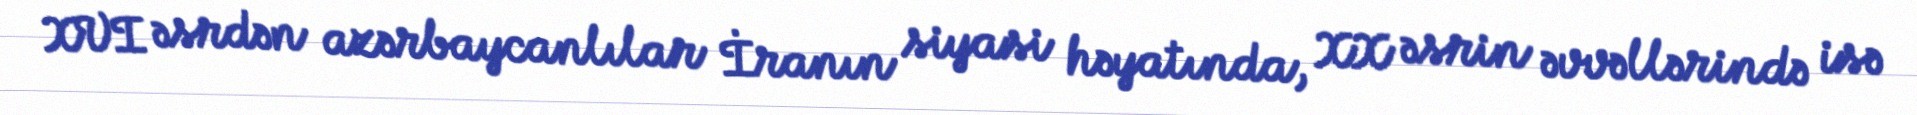
XVI əsrdən azərbaycanlılar İranın siyasi həyatında, XX əsrin əvvəllərində isə